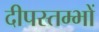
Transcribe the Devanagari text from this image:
दीपस्तम्भों